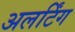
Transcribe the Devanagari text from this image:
अलर्टिंग